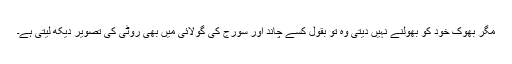
مگر بھوک خود کو بھولنے نہیں دیتی وہ تو بقول کسے چاند اور سورج کی گولائی میں بھی روٹی کی تصویر دیکھ لیتی ہے۔